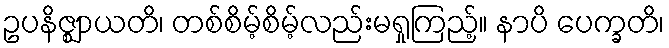
ဥပနိဇ္ဈာယတိ၊ တစ်စိမ့်စိမ့်လည်းမရှုကြည့်။ နာပိ ပေက္ခတိ၊